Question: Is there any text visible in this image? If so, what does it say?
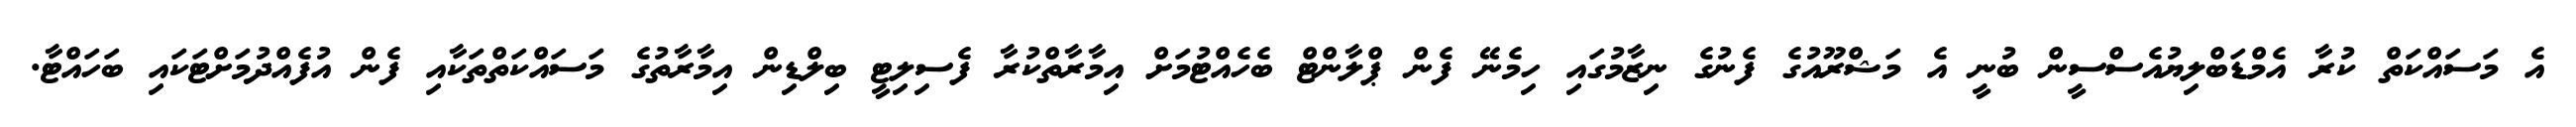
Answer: އެ މަސައްކަތް ކުރާ އެމްޑަބްލިޔުއެސްސީން ބުނީ އެ މަޝްރޫއުގެ ފެނުގެ ނިޒާމުގައި ހިމެނޭ ފެން ޕްލާންޓް ބެހެއްޓުމަށް އިމާރާތްކުރާ ފެސިލިޓީ ބިލްޑިން އިމާރާތުގެ މަސައްކަތްތަކާއި ފެން އުފެއްދުމަށްޓަކައި ބަހައްޓާ.